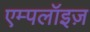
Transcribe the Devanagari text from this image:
एम्पलॉइज़